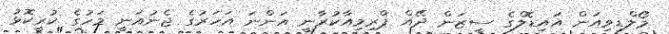
މޯލްޑިވިއަން އައިޑޮލްގެ ސީޒަން ދޭއް ޕްރިމިއާކުރާނީ އަންނަ އަހަރުގެ ޖެނުއަނީ މަހުގެ ކުރީކޮޅު